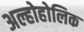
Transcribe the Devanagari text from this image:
अल्होहोलिक